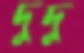
দুদু